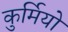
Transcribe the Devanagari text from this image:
कुर्मियो